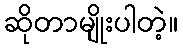
ဆိုတာမျိုးပါတဲ့။